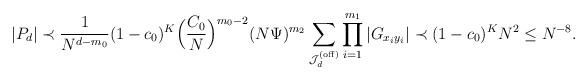
LaTeX: \begin{align*}|P_{d}| \prec \frac{1}{N^{d-m_0}} (1-c_0)^{K} \Big(\frac{C_0}{N}\Big)^{m_0-2} (N\Psi)^{m_2} \sum_{\mathcal{J}^{(\mathrm{off})}_d} \prod_{i=1}^{m_1} |G_{x_i y_i}| \prec (1-c_0)^{K} N^2 \leq N^{-8}.\end{align*}